Indian journal of veterinary science and animal husbandry - Volume 1,
Year: 1931
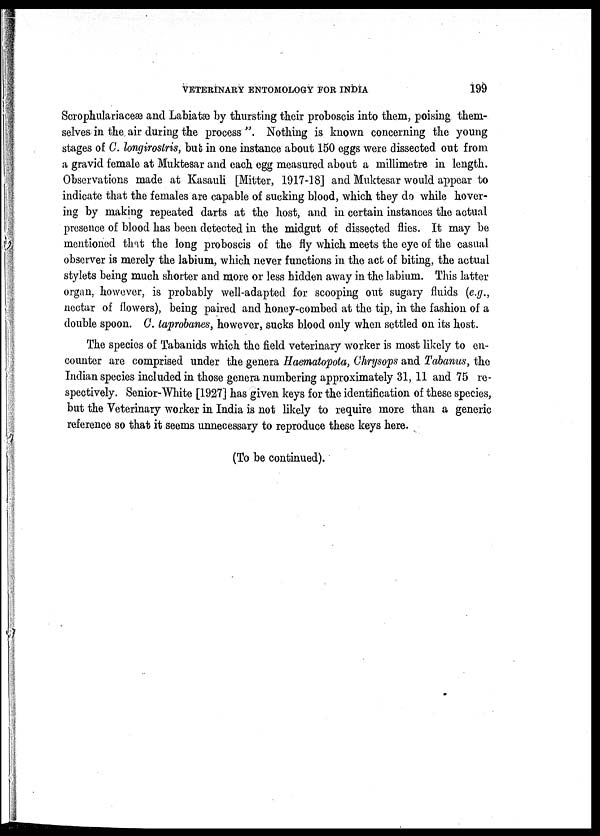
VETERINARY ENTOMOLOGY FOR INDIA
199
Scrophulariaceæ and Labiatæ by thursting their proboscis into them, poising them-
selves in the air during the process ". Nothing is known concerning the young
stages of C. longirostris, but in one instance about 150 eggs were dissected out from
a gravid female at Muktesar and each egg measured about a millimetre in length.
Observations made at Kasauli [Mitter, 1917-18] and Muktesar would appear to
indicate that the females are capable of sucking blood, which they do while hover-
ing by making repeated darts at the host, and in certain instances the actual
presence of blood has been detected in the midgut of dissected flies. It may be
mentioned that the long proboscis of the fly which meets the eye of the casual
observer is merely the labium, which never functions in the act of biting, the actual
stylets being much shorter and more or less hidden away in the labium. This latter
organ, however, is probably well-adapted for scooping out sugary fluids (e.g.,
nectar of flowers), being paired and honey-combed at the tip, in the fashion of a
double spoon. C. laprobanes, however, sucks blood only when settled on its host.
The species of Tabanids which the field veterinary worker is most likely to en-
counter are comprised under the genera Haematopota, Chrysops and Tabanus, the
Indian species included in those genera numbering approximately 31, 11 and 75 re-
spectively. Senior-White [1927] has given keys for the identification of these species,
but the Veterinary worker in India is not likely to require more than a generic
reference so that it seems unnecessary to reproduce these keys here.
(To be continued).